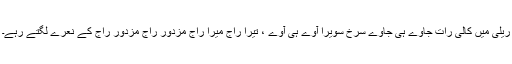
ریلی میں کالی رات جاوے ہی جاوے سرخ سویرا آوے ہی آوے ، تیرا راج میرا راج مزدور راج مزدور راج کے نعرے لگتے رہے۔